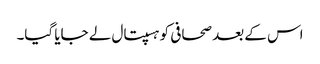
اس کے بعد صحافی کو ہسپتال لے جایا گیا۔